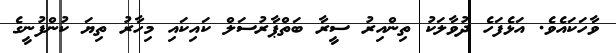
ވާހަކައެވެ. އަޅެފަހެ ދުވާލަކު ތިންއިރު ސީރާ ބަތްޕާރުސަލް ކައިކައި މިހާރު ތިޔަ ކުންފުނީގެ